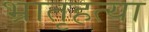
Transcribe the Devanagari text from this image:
भ्रातृहत्या